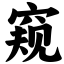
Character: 窥